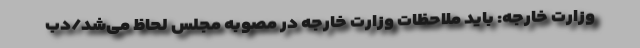
وزارت خارجه: باید ملاحظات وزارت خارجه در مصوبه مجلس لحاظ می‌شد/دب